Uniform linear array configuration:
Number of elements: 12
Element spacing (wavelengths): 1
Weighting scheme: cosine
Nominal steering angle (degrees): -60
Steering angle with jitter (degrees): -58.379
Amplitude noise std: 0.05
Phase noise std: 0.05

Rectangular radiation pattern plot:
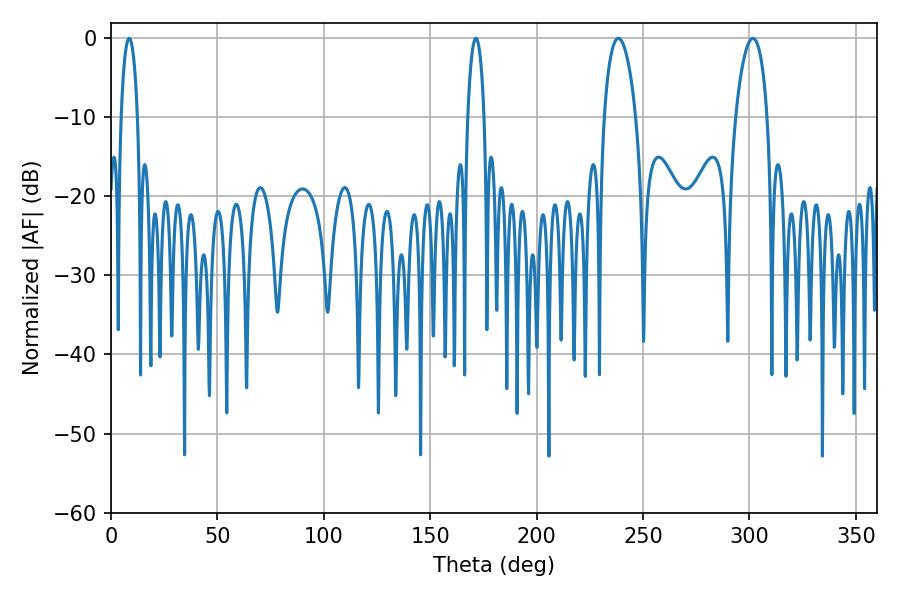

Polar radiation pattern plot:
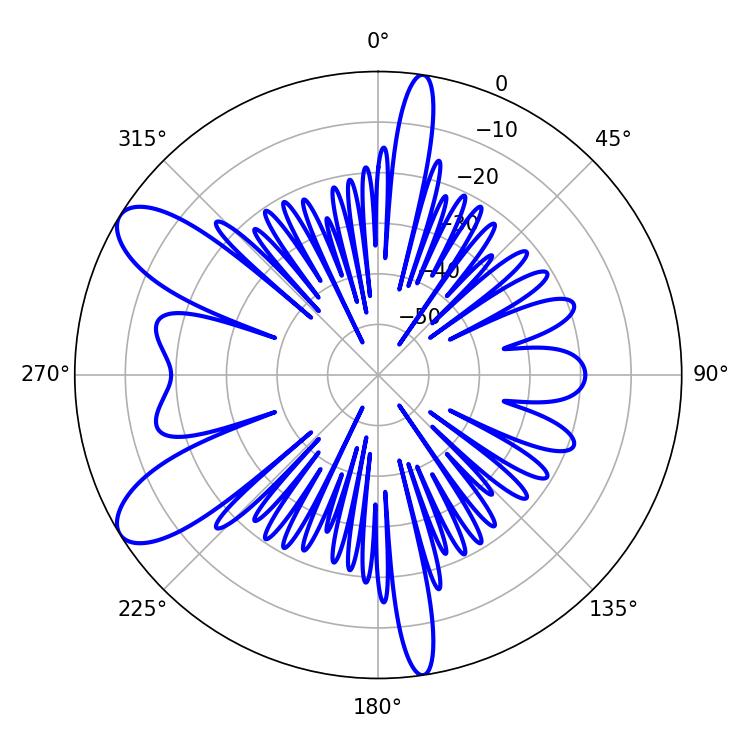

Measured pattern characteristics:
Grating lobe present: TRUE
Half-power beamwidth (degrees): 8.46
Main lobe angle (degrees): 238.32